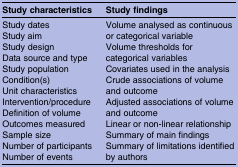
<table><thead><tr><td><b>Study characteristics</b></td><td><b>Study findings</b></td></tr></thead><tbody><tr><td>Study datesStudy aimStudy designData source and typeStudy populationCondition(s)Unit characteristicsIntervention/procedureDefinition of volumeOutcomes measuredSample sizeNumber of participantsNumber of events</td><td>Volume analysed as continuous or categorical variableVolume thresholds for categorical variablesCovariates used in the analysisCrude associations of volume and outcomeAdjusted associations of volume and outcomeLinear or non-linear relationshipSummary of main findingsSummary of limitations identified by authors</td></tr></tbody></table>